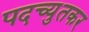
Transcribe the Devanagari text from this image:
पदच्युतकर